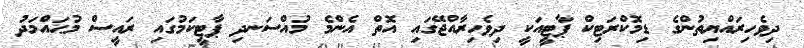
ދިވެހިރައްޔިތުންގެ ޑިމޮކްރަޓިކް ޕާޓީއަކީ ދިވެހިރާއްޖޭގައި އޮތް އެންމެ މުއްސަނދި ޕާޓީކަމުގައި ރައީސް މުޙައްމަދު